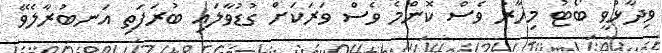
ވިދާޅުވީ ބޯޓު މިހާރު ވެސް ކޮންމެ ވެސް ވަރަކަށް ގުޑުވާލައި ބުރަފަތި އަނބުރާލެވޭ